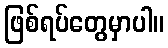
ဖြစ်ရပ်တွေမှာပါ။